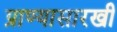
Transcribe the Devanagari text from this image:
प्राण्यासारखी